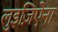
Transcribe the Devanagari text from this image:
लुइज़िऐना